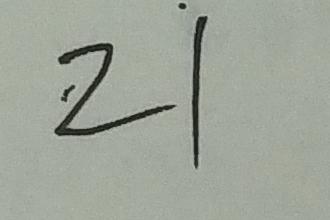
z \dot { 1 }